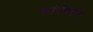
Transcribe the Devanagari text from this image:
कांचीपति